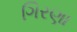
ગિરણા